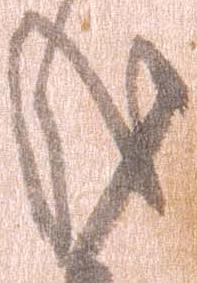
哉